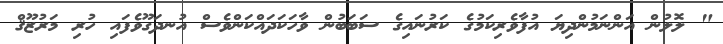
" ލޮލުން އަންނަމުންދިޔަ އުފާވެރިކަމުގެ ކަރުނައިގެ ސަބަބުން ވާހަކަދައްކަންވެސް އުނދަގޫވެފައި ހުރި މަރުޒޫޤް